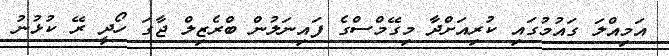
އަމިއްލަ ގައުމުގައި ކުރިއަށްދާ މިގޭމްސްގެ ފައިނަލުން ބްރެޒިލް ޖާގަ ހޯދީ ރޭ ކުޅުނު